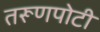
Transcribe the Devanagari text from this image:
तरूणपोटी